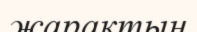
жарактың